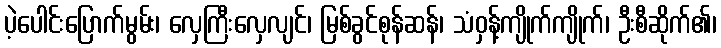
ပဲ့ပေါင်းပြောက်မွမ်း၊ လှေကြီးလှေလျင်၊ မြစ်ခွင်စုန်ဆန်၊ သံဝှန့်ကျိုက်ကျိုက်၊ ဦးစီဆိုက်၏၊